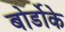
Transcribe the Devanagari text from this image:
बोर्डोके